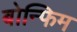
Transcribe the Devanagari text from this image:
बोन्फिम